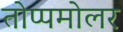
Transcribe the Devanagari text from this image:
तोप्पमोलर